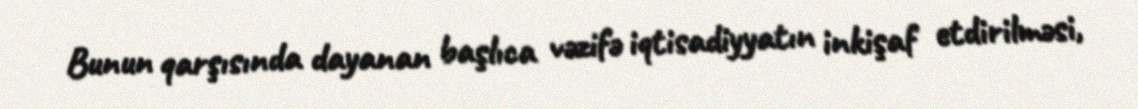
Bunun qarşısında dayanan başlıca vəzifə iqtisadiyyatın inkişaf etdirilməsi,